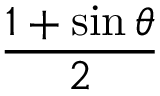
\frac { 1 + \sin \theta } { 2 }